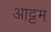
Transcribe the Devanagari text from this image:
आट्टम